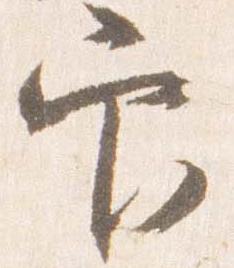
官